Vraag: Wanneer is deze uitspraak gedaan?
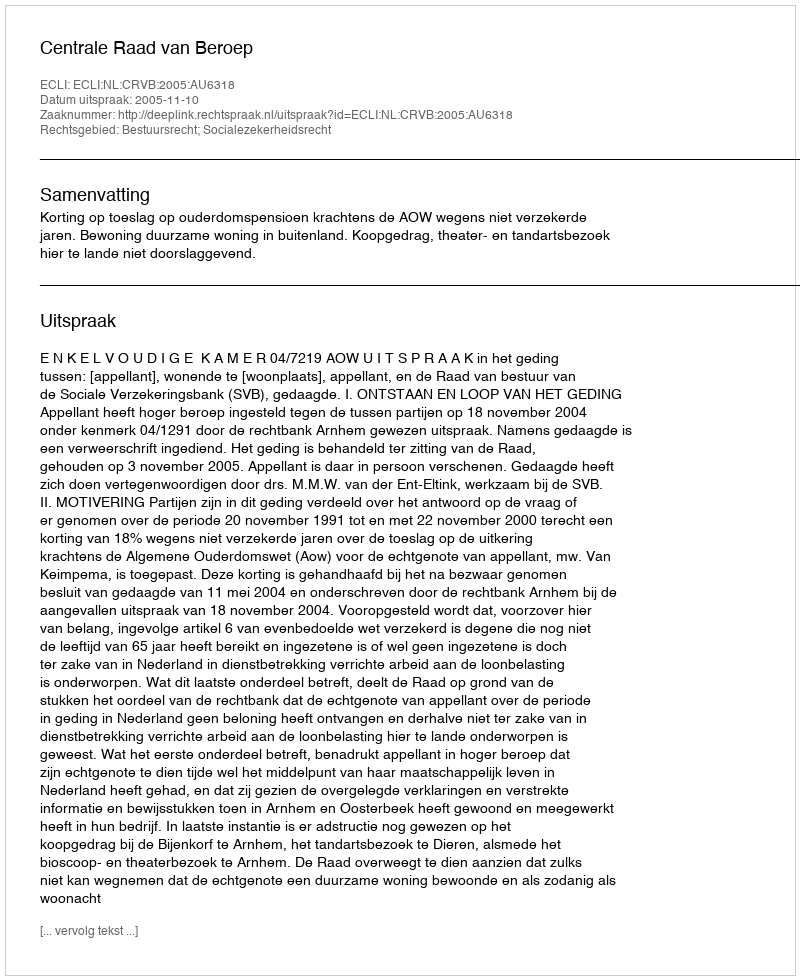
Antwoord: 2005-11-10